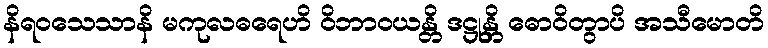
နိရဝသေသာနိ မကုလဓရေဟိ ဝိဘာဝယန္တိ ဒဋ္ဌုန္တိ ဓောဝိတွာပိ အသီမောတိ